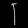
Digit: ၂